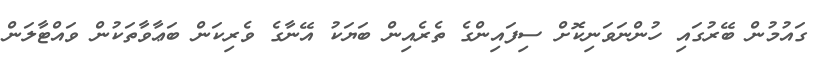
ގައުމުން ބޭރުގައި ހުންނަވަނިކޮށް ސިފައިންގެ ތެރެއިން ބަޔަކު އޭނާގެ ވެރިކަން ބަޢާވާތަކުން ވައްޓާލަން